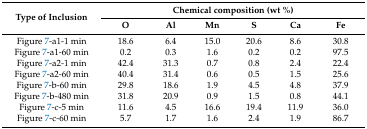
| <ROWSPAN=2> Type of Inclusion | <COLSPAN=6> Chemical composition (wt %) |
 | O | Al | Mn | S | Ca | Fe |
 | --- | --- | --- | --- | --- | --- | --- |
 | Figure 7-a1-1 min | 18.6 | 6.4 | 15.0 | 20.6 | 8.6 | 30.8 |
 | Figure 7-a1-60 min | 0.2 | 0.3 | 1.6 | 0.2 | 0.2 | 97.5 |
 | Figure 7-a2-1 min | 42.4 | 31.3 | 0.7 | 0.8 | 2.4 | 22.4 |
 | Figure 7-a2-60 min | 40.4 | 31.4 | 0.6 | 0.5 | 1.5 | 25.6 |
 | Figure 7-b-60 min | 29.8 | 18.6 | 1.9 | 4.5 | 4.8 | 37.9 |
 | Figure 7-b-480 min | 31.8 | 20.9 | 0.9 | 1.5 | 0.8 | 44.1 |
 | Figure 7-c-5 min | 11.6 | 4.5 | 16.6 | 19.4 | 11.9 | 36.0 |
 | Figure 7-c-60 min | 5.7 | 1.7 | 1.6 | 2.4 | 1.9 | 86.7 |